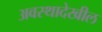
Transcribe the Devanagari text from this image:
अवस्थादेखील